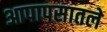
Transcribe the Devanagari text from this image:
आपापसातले